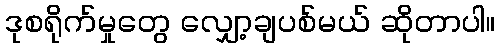
ဒုစရိုက်မှုတွေ လျှော့ချပစ်မယ် ဆိုတာပါ။